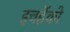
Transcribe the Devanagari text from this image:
इचहेंको